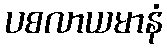
ပစလာယမာနံ